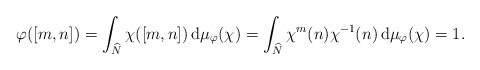
\begin{align*} \varphi([m,n])= \int_{\widehat{N}}\chi([m,n])\, \mathrm{d}\mu_\varphi(\chi)=\int_{\widehat{N}}\chi^m(n)\chi^{-1}(n)\, \mathrm{d}\mu_\varphi(\chi)=1.\end{align*}